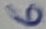
Text: 6